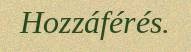
Hozzáférés.